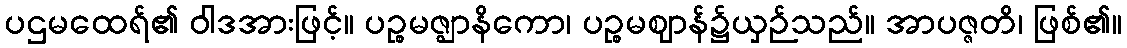
ပဌမထေရ်၏ ဝါဒအားဖြင့်။ ပဉ္စမဇ္ဈာနိကော၊ ပဉ္စမဈာန်၌ယှဉ်သည်။ အာပဇ္ဇတိ၊ ဖြစ်၏။